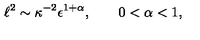
\ell ^ { 2 } \sim \kappa ^ { - 2 } \epsilon ^ { 1 + \alpha } , \qquad 0 < \alpha < 1 ,